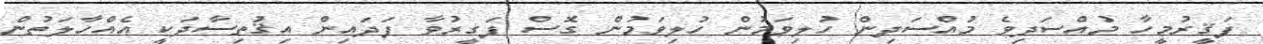
ފަޤީރުމީހާ މުއްސަދިވެ މުއްސަދިން ހުލިވަމުން ހުލިވަމުން ގޮސް ފަގީރުވާ ފަދައިން އިޤުތިސާދަކީ އެއްހާލަތުން